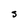
Character: S